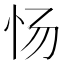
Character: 𰐿